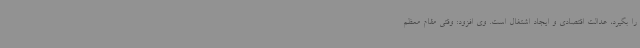
را بگیرد، عدالت اقتصادی و ایجاد اشتغال است. وی افزود: وقتی مقام معظم